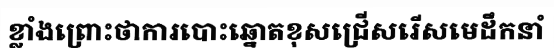
ខ្លាំងព្រោះថាការបោះឆ្នោតខុសជ្រើសរើសមេដឹកនាំ